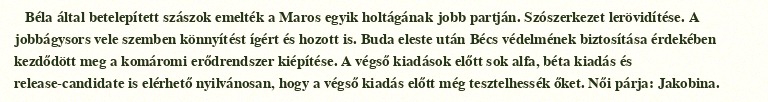
Béla által betelepített szászok emelték a Maros egyik holtágának jobb partján. Szószerkezet lerövidítése. A jobbágysors vele szemben könnyítést ígért és hozott is. Buda eleste után Bécs védelmének biztosítása érdekében kezdődött meg a komáromi erődrendszer kiépítése. A végső kiadások előtt sok alfa, béta kiadás és release-candidate is elérhető nyilvánosan, hogy a végső kiadás előtt még tesztelhessék őket. Női párja: Jakobina.